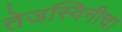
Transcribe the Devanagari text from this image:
तेजस्विनीचा